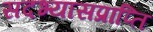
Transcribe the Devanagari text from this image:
सदभ्यासप्राप्ति